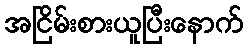
အငြိမ်းစားယူပြီးနောက်